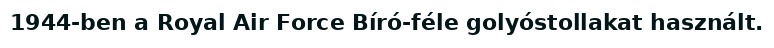
1944-ben a Royal Air Force Bíró-féle golyóstollakat használt.